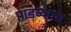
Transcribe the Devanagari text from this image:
पाडव्याचा